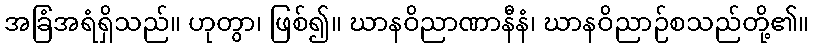
အခြံအရံရှိသည်။ ဟုတွာ၊ ဖြစ်၍။ ဃာနဝိညာဏာနီနံ၊ ဃာနဝိညာဉ်စသည်တို့၏။